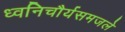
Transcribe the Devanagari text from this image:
ध्वनिचौर्यसमजले